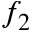
f _ { 2 }